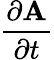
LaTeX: \frac{\partial\mathbf{A}}{\partial t}